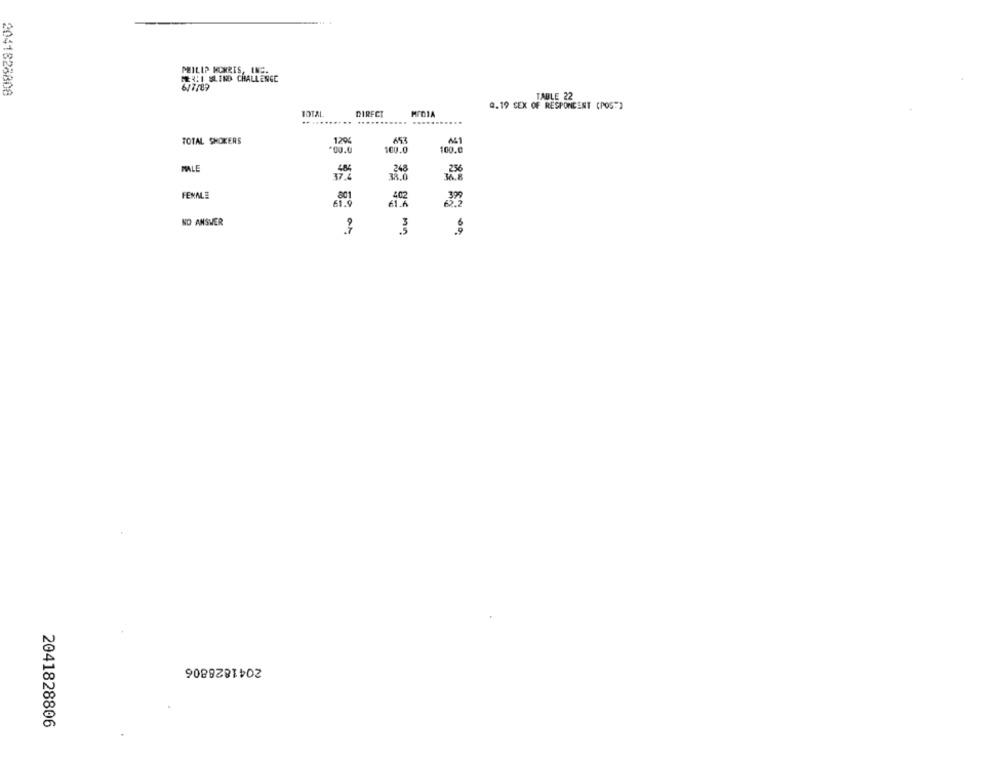
PHILIP MORRIS, INC.
MEXI SLIND CHALLENGE
2041828808
6/7/89
TABLE 22
Q.19 SEX OF RESPONDENT (POS")
TOTAL
DIRECT
TOTAL SHOKERS
120
00.0
100.0
100.
MALE
248
.256
FEMME
NO ANSWER
2041828806
2041828806